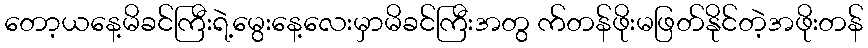
တော့ယနေ့မိခင်ကြီးရဲ့မွေးနေ့လေးမှာမိခင်ကြီးအတွ က်တန်ဖိုးမဖြတ်နိုင်တဲ့အဖိုးတန်